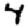
Digit: 4